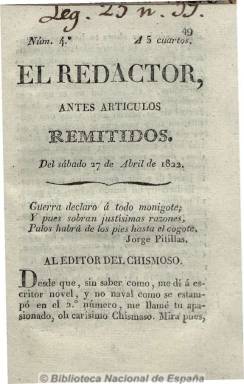
Título: El Redactor (Murcia)
Colección: Periódicos anteriores a 1850
Ámbito geográfico: Murcia
Lugar de publicación: Murcia
Fechas: 27/04/1822-27/04/1822

Título que sustituye a Artículos remitidos a los editores del Chismoso, continuando su numeración y paginación. La Biblioteca Nacional de España sólo dispone del primero con esta cabecera, es decir, el número 4, correspondiente al 27 de abril de 1822, imprimiéndose por los menos hasta el número 7, en la oficina de la Viuda de Antonio Santamaría e hijo. Se trata de una publicación del Trienio Liberal murciano de ideas liberales, patrióticas y constitucionales, con una estructura similar tanto al título que sustituye como al propio El chismoso, también de 16 páginas y pequeño tamaño, con artículos de fondo y noticias sobre los acontecimientos políticos que se sucedieron en las principales localidades de la provincia durante este periodo histórico, siguiendo informando sobre los protagonizados por el liberal José María Musso y Valiente, en Lorca. Desconociéndose quien fuera su autor, se identifica como “escritor novel”, y sus textos siguen siendo de tono joco-serio, eufemístico y divagador y a veces directo y cortante.